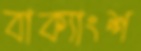
বাক্যাংশ